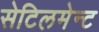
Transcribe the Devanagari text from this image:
सेटिलमेन्ट